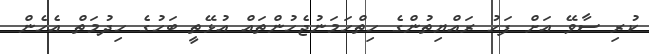
ކުރި ސާވޭ އަށް ފަހު ރައްޔިތުންގެ ހިތްހަމަނުޖެހުންތައް އުޅޭތީ ބަހުގެ ހިދުމަތް އެހެން